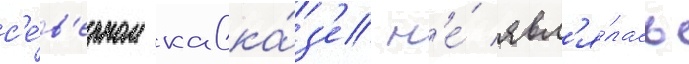
с'е́в'ерном кавка́з'е н'е́ явл'я́лась